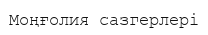
Моңғолия сазгерлері